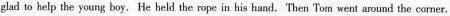
glad to help the young boy. He held the rope in his hand.Then Tom went around the corner.